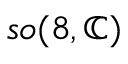
{ \mathfrak { s o } } ( 8 , \mathbb { C } )